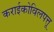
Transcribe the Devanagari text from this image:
कराईकोविलपत्तू